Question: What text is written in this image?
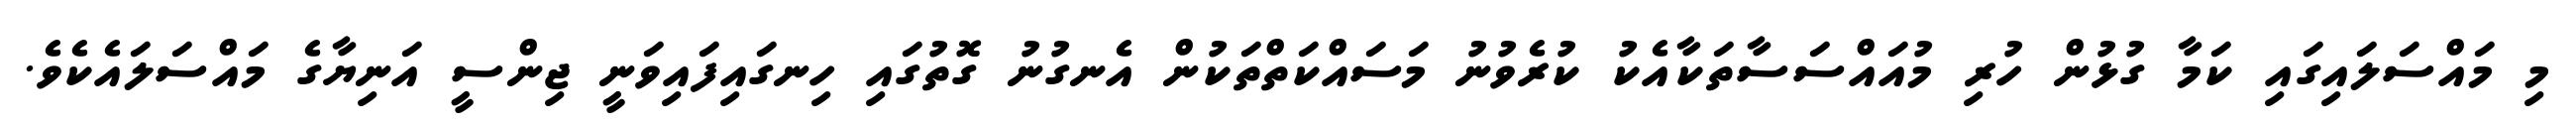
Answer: މި މައްސަލައިގައި ކަމާ ގުޅުން ހުރި މުއައްސަސާތަކާއެކު ކުރެވުނު މަސައްކަތްތަކުން އެނގުނު ގޮތުގައި ހިނގައިފައިވަނީ ޖިންސީ އަނިޔާގެ މައްސަލައެކެވެ.